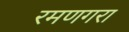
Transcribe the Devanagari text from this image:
रमणगरा